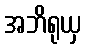
အဘိရုယှ